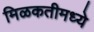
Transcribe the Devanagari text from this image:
मिळकतीमध्ये